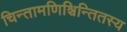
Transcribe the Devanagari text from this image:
चिन्तामणिश्चिन्तितस्य